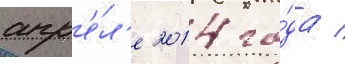
апр'е́л'е 2014 го́да /